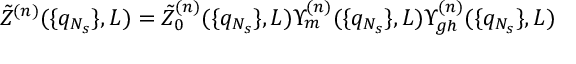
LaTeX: \tilde { Z } ^ { ( n ) } ( \{ q _ { N _ { s } } \} , L ) = \tilde { Z } _ { 0 } ^ { ( n ) } ( \{ q _ { N _ { s } } \} , L ) \Upsilon _ { m } ^ { ( n ) } ( \{ q _ { N _ { s } } \} , L ) \Upsilon _ { g h } ^ { ( n ) } ( \{ q _ { N _ { s } } \} , L )